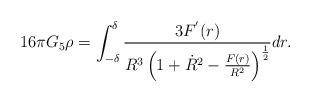
LaTeX: \begin{align*}16\pi G_{5}\rho=\int_{-\delta}^\delta\frac{3F^{'}(r)}{R^3\left(1+\dot{R}^2-\frac{F(r)}{R^2}\right)^{\frac{1}{2}}}dr.\end{align*}